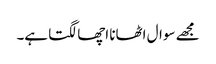
مجھے سوال اٹھانا اچھا لگتا ہے۔